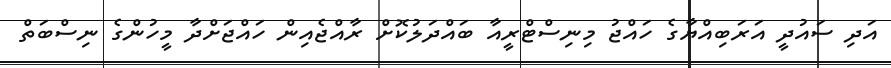
އަދި ސައުދީ އަރަބިއްޔާގެ ހައްޖު މިނިސްޓްރީއާ ބައްދަލުކޮށް ރާއްޖެއިން ހައްޖަށްދާ މީހުންގެ ނިސްބަތް